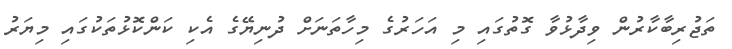
ތަޖުރިބާކާރުން ވިދާޅުވާ ގޮތުގައި މި އަހަރުގެ މިހާތަނަށް ދުނިޔޭގެ އެކި ކަންކޮޅުތަކުގައި މިޔަރު